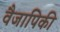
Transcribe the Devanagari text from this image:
वैजापिकी